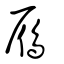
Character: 鴈